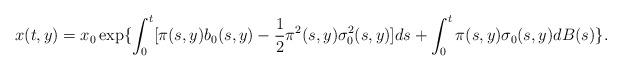
LaTeX: \begin{align*} x(t,y) = x_0 \exp\{\int_0^t[\pi(s,y)b_0(s,y)-\frac{1}{2}\pi^2(s,y)\sigma_0^2(s,y)]ds + \int_0^t\pi(s,y)\sigma_0(s,y)dB(s)\}.\end{align*}